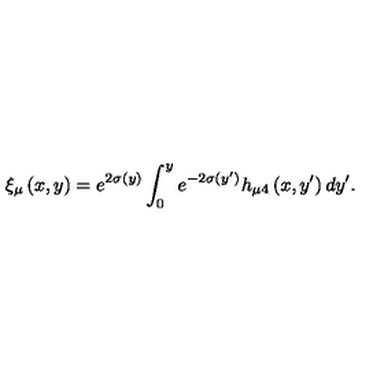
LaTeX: \xi _ { \mu } \left( x , y \right) = e ^ { 2 \sigma ( y ) } \int _ { 0 } ^ { y } e ^ { - 2 \sigma ( y ^ { \prime } ) } h _ { \mu 4 } \left( x , y ^ { \prime } \right) d y ^ { \prime } .